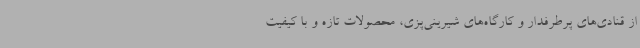
از قنادی‌های پرطرفدار و کارگاه‌های شیرینی‌پزی، محصولات تازه و با کیفیت